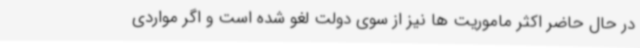
در حال حاضر اکثر ماموریت ها نیز از سوی دولت لغو شده است و اگر مواردی